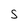
Character: S